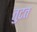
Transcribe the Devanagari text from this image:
तुटत